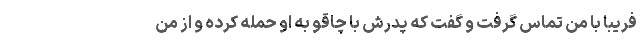
فریبا با من تماس گرفت و گفت که پدرش با چاقو به او حمله کرده و از من